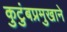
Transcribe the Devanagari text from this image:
कुटुंबप्रमुखाने